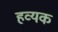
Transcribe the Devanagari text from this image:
हव्यक